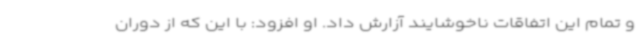
و تمام این اتفاقات ناخوشایند آزارش داد. او افزود: با این که از دوران